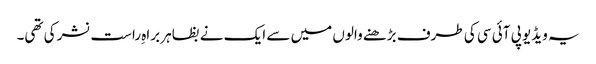
یہ ویڈیو پی آئی سی کی طرف بڑھنے والوں میں سے ایک نے بظاہر براہِ راست نشر کی تھی۔